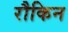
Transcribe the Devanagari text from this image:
रौकिन